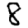
Digit: 8